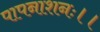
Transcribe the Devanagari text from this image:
पापनाशनः।।